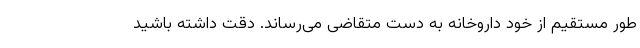
طور مستقیم از خود داروخانه به دست متقاضی می‌رساند. دقت داشته باشید